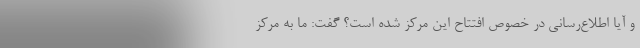
و آیا اطلاع‌رسانی در خصوص افتتاح این مرکز شده است؟ گفت: ما به مرکز